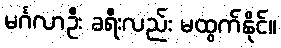
မင်္ဂလာဦး ခရီးလည်း မထွက်နိုင်။